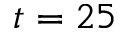
t = 2 5